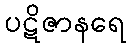
ပဋိဇာနရေ